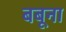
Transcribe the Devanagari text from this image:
बबूना